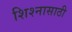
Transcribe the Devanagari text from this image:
शिश्नासाठी